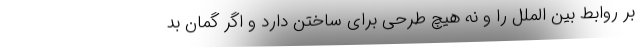
بر روابط بین الملل را و نه هیچ طرحی برای ساختن دارد و اگر گمان بد